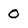
Character: 0